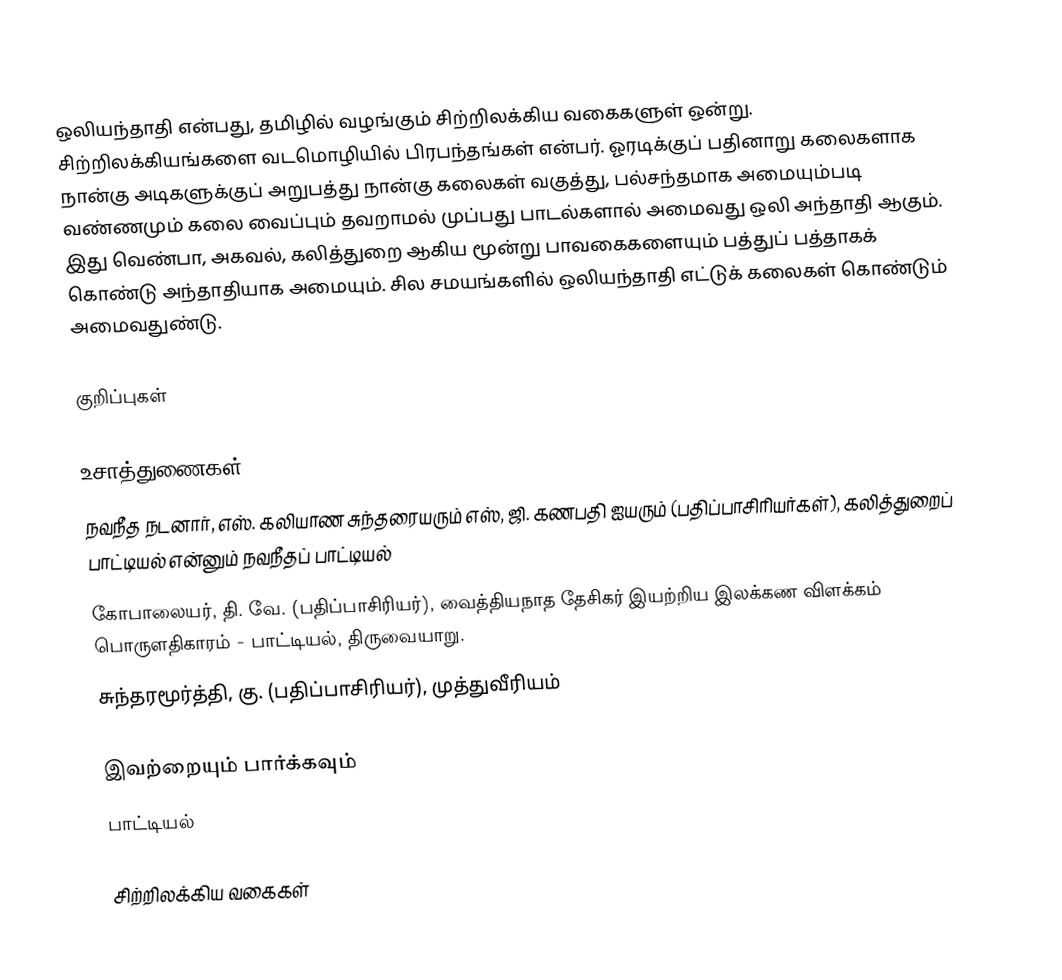
ஒலியந்தாதி என்பது, தமிழில் வழங்கும் சிற்றிலக்கிய வகைகளுள் ஒன்று. சிற்றிலக்கியங்களை வடமொழியில் பிரபந்தங்கள் என்பர். ஓரடிக்குப் பதினாறு கலைகளாக நான்கு அடிகளுக்குப் அறுபத்து நான்கு கலைகள் வகுத்து, பல்சந்தமாக அமையும்படி வண்ணமும் கலை வைப்பும் தவறாமல் முப்பது பாடல்களால் அமைவது ஒலி அந்தாதி ஆகும். இது  வெண்பா, அகவல், கலித்துறை ஆகிய மூன்று பாவகைகளையும் பத்துப் பத்தாகக் கொண்டு அந்தாதியாக அமையும். சில சமயங்களில் ஒலியந்தாதி எட்டுக் கலைகள் கொண்டும் அமைவதுண்டு.

குறிப்புகள்

உசாத்துணைகள்
 நவநீத நடனார், எஸ். கலியாண சுந்தரையரும் எஸ், ஜி. கணபதி ஐயரும் (பதிப்பாசிரியர்கள்), கலித்துறைப் பாட்டியல் என்னும் நவநீதப் பாட்டியல்
 கோபாலையர், தி. வே. (பதிப்பாசிரியர்), வைத்தியநாத தேசிகர் இயற்றிய இலக்கண விளக்கம் பொருளதிகாரம் - பாட்டியல், திருவையாறு.
 சுந்தரமூர்த்தி, கு. (பதிப்பாசிரியர்), முத்துவீரியம்

இவற்றையும் பார்க்கவும்
 பாட்டியல்

சிற்றிலக்கிய வகைகள்